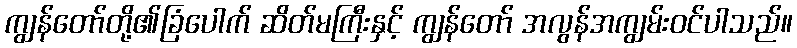
ကျွန်တော်တို့၏ခြံပေါက် ဆိတ်မကြီးနှင့် ကျွန်တော် အလွန်အကျွမ်းဝင်ပါသည်။